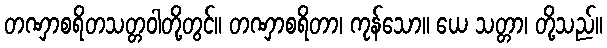
တဏှာစရိတသတ္တဝါတို့တွင်။ တဏှာစရိတာ၊ ကုန်သော။ ယေ သတ္တာ၊ တို့သည်။